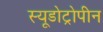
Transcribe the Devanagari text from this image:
स्यूडोट्रोपीन